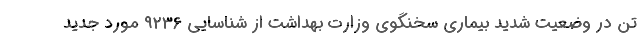
تن در وضعیت شدید بیماری سخنگوی وزارت بهداشت از شناسایی ۹۲۳۶ مورد جدید